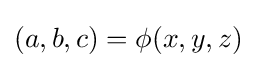
(a,b,c)=\phi (x,y,z)